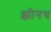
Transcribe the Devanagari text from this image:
झीनथ